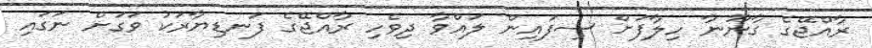
ރާއްޖޭގެ ގާނޫނާ ހިލާފަށް ސިފައިން ލައްވާ ދިވެހި ރާއްޖޭގެ ފަނޑިޔާރަކު ވަގަށް ނަގައި